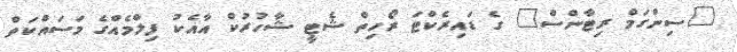
"ސިންގަމް ރިޓާންސް" ގެ ޑައިރެކްޓަ ރޯހިތް ޝެޓީ ޝާހުރުކް އާއެކު ފިލްމެއްގެ މަސައްކަތް